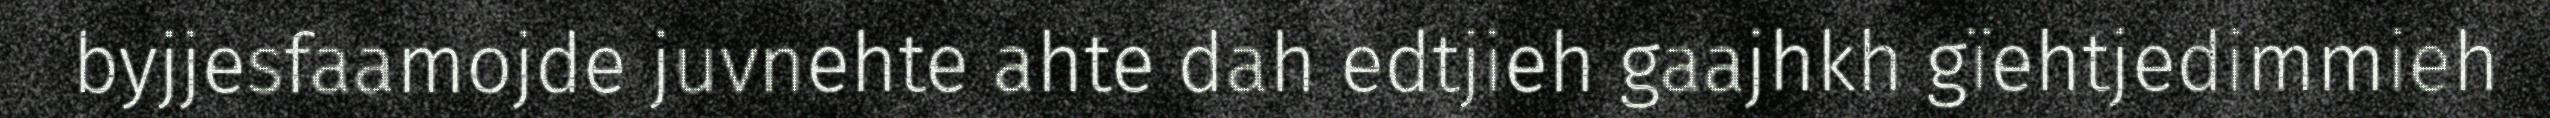
byjjesfaamojde juvnehte ahte dah edtjieh gaajhkh gïehtjedimmieh